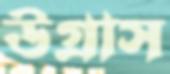
উগ্‌রাস